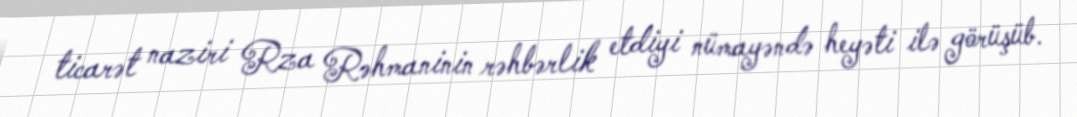
ticarət naziri Rza Rəhmaninin rəhbərlik etdiyi nümayəndə heyəti ilə görüşüb.